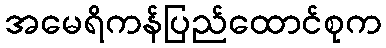
အမေရိကန်ပြည်ထောင်စုက